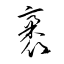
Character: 袤